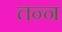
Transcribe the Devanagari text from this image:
तन्न